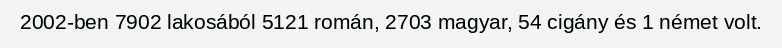
2002-ben 7902 lakosából 5121 román, 2703 magyar, 54 cigány és 1 német volt.